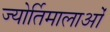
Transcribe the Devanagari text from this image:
ज्योर्तिमालाओं